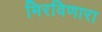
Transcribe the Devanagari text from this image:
मिरविणारा